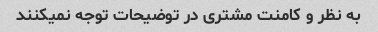
به نظر و کامنت مشتری در توضیحات توجه نمیکنند